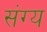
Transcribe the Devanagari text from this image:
संग्य